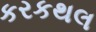
કરકથલ